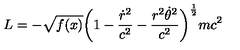
L = - \sqrt { f ( x ) } \biggl ( 1 - { \frac { \dot { r } ^ { 2 } } { c ^ { 2 } } } - { \frac { r ^ { 2 } \dot { \theta } ^ { 2 } } { c ^ { 2 } } } \biggr ) ^ { \frac { 1 } { 2 } } m c ^ { 2 }